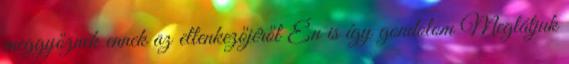
meggyőznek ennek az ellenkezőjéről Én is így gondolom Meglátjuk